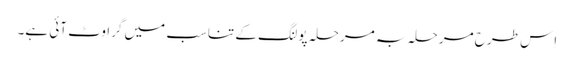
اِس طرح مرحلہ بہ مرحلہ پولنگ کے تناسب میں گراوٹ آئی ہے۔